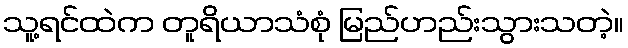
သူ့ရင်ထဲက တူရိယာသံစုံ မြည်ဟည်းသွားသတဲ့။